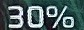
30%